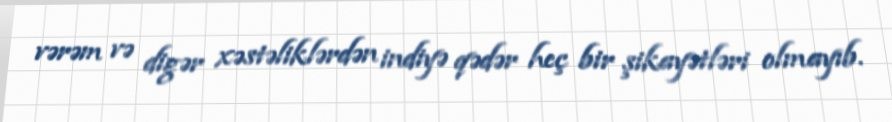
vərəm və digər xəstəliklərdən indiyə qədər heç bir şikayətləri olmayıb.